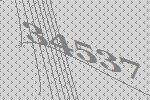
34537